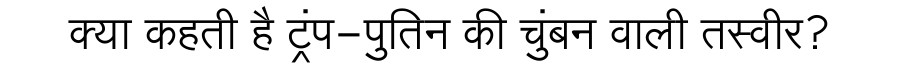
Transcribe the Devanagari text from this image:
क्या कहती है ट्रंप-पुतिन की चुंबन वाली तस्वीर?